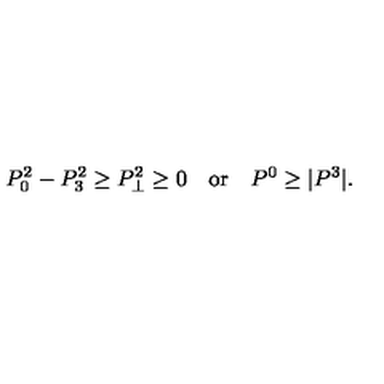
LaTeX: P _ { 0 } ^ { 2 } - P _ { 3 } ^ { 2 } \ge P _ { \perp } ^ { 2 } \ge 0 \quad \mathrm { o r } \quad P ^ { 0 } \ge | P ^ { 3 } | .